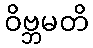
ဝိဗ္ဘမတိ